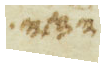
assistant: וחזקי